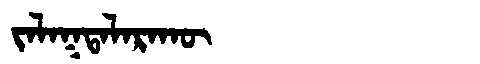
Manchu: ᠵᠠᠯᠠᡴᡨᠠᠯᠠᡵᠠᡴᡡ
Romanization: JALAKTALARAKŪ